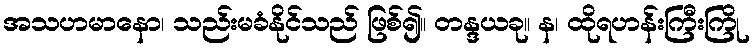
အသဟမာနော၊ သည်းမခံနိုင်သည် ဖြစ်၍။ တန္ဒယခု။ န၊ ထိုရဟန်းကြီးကြို